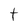
Character: t